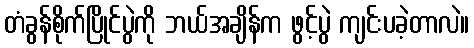
တံခွန်စိုက်ပြိုင်ပွဲကို ဘယ်အချိန်က ဖွင့်ပွဲ ကျင်းပခဲ့တာလဲ။